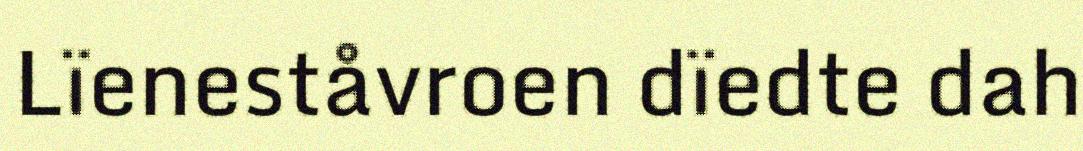
Lïeneståvroen dïedte dah